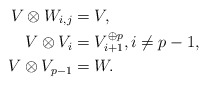
\begin{align*}V \otimes W_{i,j} &= V, \\V \otimes V_i &= V_{i+1}^{\oplus p}, i \neq p-1, \\V \otimes V_{p-1} &= W.\end{align*}